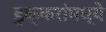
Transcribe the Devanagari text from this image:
डुक्करांमध्ये